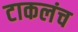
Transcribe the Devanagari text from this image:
टाकलंच